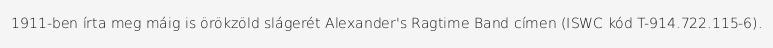
1911-ben írta meg máig is örökzöld slágerét Alexander's Ragtime Band címen (ISWC kód T-914.722.115-6).